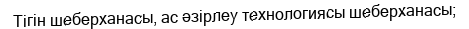
Тігін шеберханасы, ас әзірлеу технологиясы шеберханасы;